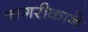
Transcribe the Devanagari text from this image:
नागरीकाने